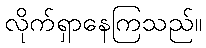
လိုက်ရှာနေကြသည်။